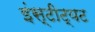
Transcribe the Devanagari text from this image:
इंस्टीट्यट